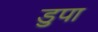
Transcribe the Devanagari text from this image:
डुपा